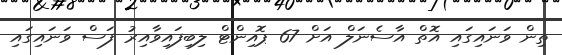
ތިން ވަނައިގައި އޮތް އާސެނަލް އަށް 67 ޕޮއިންޓް ލިބިފައިވާއިރު ފަސް ވަނައިގައި